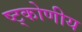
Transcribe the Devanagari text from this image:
ष्ट्कोणीय